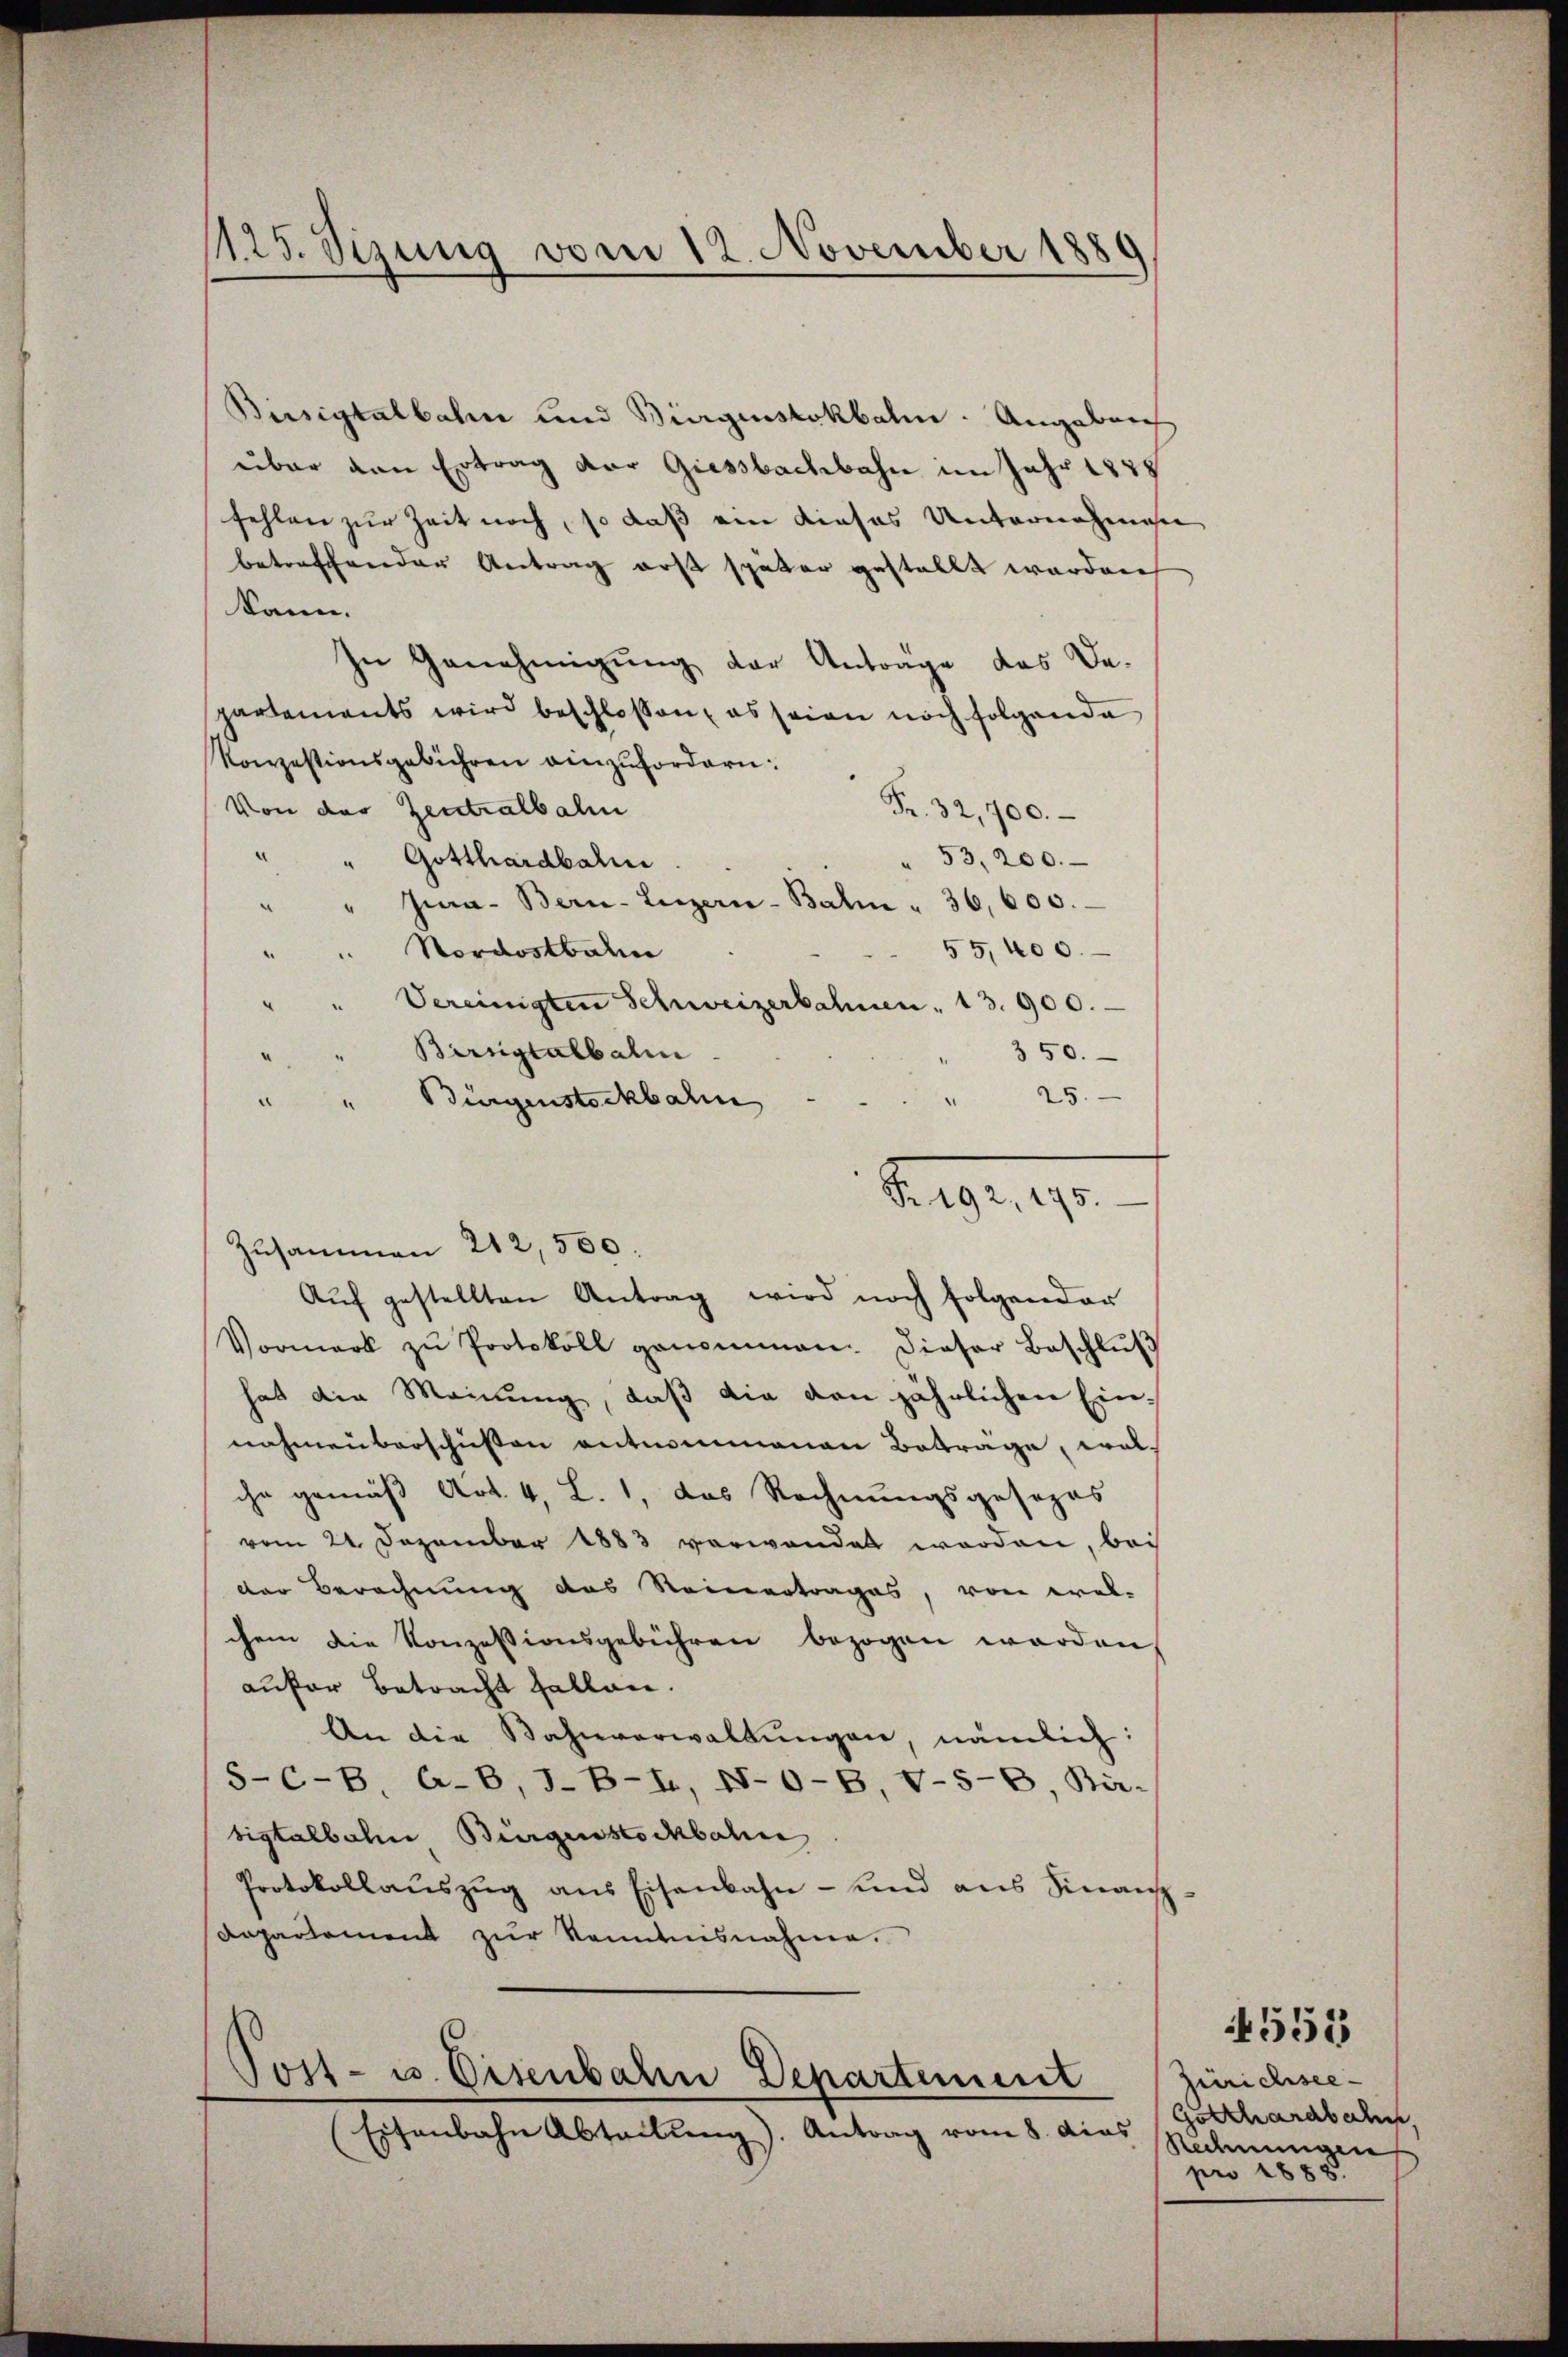
1125. Sizung vom 12. November 1889

Birsigtalbahn und Bürgenstokbalm. Angaben
über den Ertrag vor Giessbachbahn im Jahr 1878
fehlen zur Zeit noch, so daß ein dieses Unternehmen
betreffender Antrag erst später gestellt worden
¬
kann.
n Genehmigung der Antrage das De-
partements wird beschlossen, es seien noch folgende
Konzestionsgebühren einzufordern:
Von der Zentralbahn
Fr. 32,700.
" " Gotthardbahn
" 53,200.
" " Jura - Bern-Luzern-Balm " 36, 600.
55, 400.
" Nordostbahn
“
Vereinigten Schweizerbahnen . 13. 900.
2
Birngtalbahn
350.
“
" 25.
" Bürgenstöckbahr
u
Sgr. 90.
Zusammen 212,500.
Aŭf gestellten Antrag wird noch folgender
Vormerk zŭ Protokoll genommen. Dieser Beschlŭβ
hat die Meinung, daß die den jährlichen Einnahmen barschüssen entnommenen Betrage, wel-
che gemäß Art. 4, L. 1, das Rechnungsgesezes
vom 21. Dezember 1883 verwendet worden, bei
der Berechnung des Reinertrages, von wel-
chem die Konzessionsgebühren bezogen worden,
aufer betracht fallen.
An die Bahnverwaltŭngen, nämlich:
S-C-B, O-B, J-B-L, N-O-B, V-5-6, Bir-
bigtalbahn Bürgenstockbah
Protokollaŭszŭg ans Eisenbahn- und ans Finanz-
Departement zur Kenntnisnahme.

Post- u. Eisenbahn Departement

Eisenbahn Abteilŭng). Antrag vom 8. dies

Zürichsee-
Gotthardbahn
Rechnungen
pro 1888.

4553